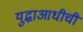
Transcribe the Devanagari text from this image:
युद्धाआधीची